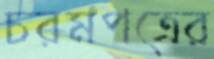
চরমপত্রের